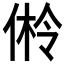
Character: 𪝎